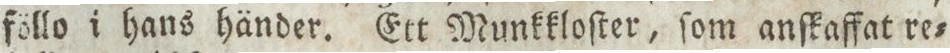
föllo i hans händer. Ett Munkkloſter, ſom anſkaffat re=